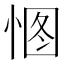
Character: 𢛾